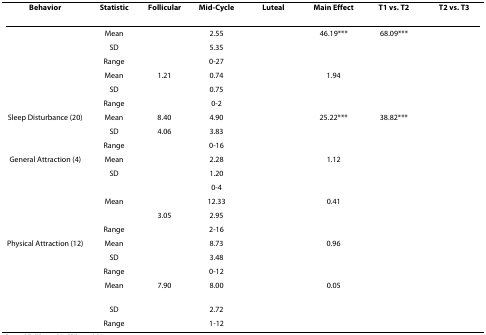
<table><thead><tr><td><b>Behavior</b></td><td><b>Statistic</b></td><td><b>Follicular</b></td><td><b>Mid-Cycle</b></td><td><b>Luteal</b></td><td><b>Main Effect</b></td><td><b>T1 vs. T2</b></td><td><b>T2 vs. T3</b></td></tr></thead><tbody><tr><td>[EMPTY_CELL]</td><td>Mean</td><td>[EMPTY_CELL]</td><td>2.55</td><td>[EMPTY_CELL]</td><td>46.19***</td><td>68.09***</td><td>[EMPTY_CELL]</td></tr><tr><td>[EMPTY_CELL]</td><td>SD</td><td>[EMPTY_CELL]</td><td>5.35</td><td>[EMPTY_CELL]</td><td>[EMPTY_CELL]</td><td>[EMPTY_CELL]</td><td>[EMPTY_CELL]</td></tr><tr><td>[EMPTY_CELL]</td><td>Range</td><td>[EMPTY_CELL]</td><td>0-27</td><td>[EMPTY_CELL]</td><td>[EMPTY_CELL]</td><td>[EMPTY_CELL]</td><td>[EMPTY_CELL]</td></tr><tr><td>[EMPTY_CELL]</td><td>Mean</td><td>1.21</td><td>0.74</td><td>[EMPTY_CELL]</td><td>1.94</td><td>[EMPTY_CELL]</td><td>[EMPTY_CELL]</td></tr><tr><td>[EMPTY_CELL]</td><td>SD</td><td>[EMPTY_CELL]</td><td>0.75</td><td>[EMPTY_CELL]</td><td>[EMPTY_CELL]</td><td>[EMPTY_CELL]</td><td>[EMPTY_CELL]</td></tr><tr><td>[EMPTY_CELL]</td><td>Range</td><td>[EMPTY_CELL]</td><td>0-2</td><td>[EMPTY_CELL]</td><td>[EMPTY_CELL]</td><td>[EMPTY_CELL]</td><td>[EMPTY_CELL]</td></tr><tr><td>Sleep Disturbance (20)</td><td>Mean</td><td>8.40</td><td>4.90</td><td>[EMPTY_CELL]</td><td>25.22***</td><td>38.82***</td><td>[EMPTY_CELL]</td></tr><tr><td>[EMPTY_CELL]</td><td>SD</td><td>4.06</td><td>3.83</td><td>[EMPTY_CELL]</td><td>[EMPTY_CELL]</td><td>[EMPTY_CELL]</td><td>[EMPTY_CELL]</td></tr><tr><td>[EMPTY_CELL]</td><td>Range</td><td>[EMPTY_CELL]</td><td>0-16</td><td>[EMPTY_CELL]</td><td>[EMPTY_CELL]</td><td>[EMPTY_CELL]</td><td>[EMPTY_CELL]</td></tr><tr><td>General Attraction (4)</td><td>Mean</td><td>[EMPTY_CELL]</td><td>2.28</td><td>[EMPTY_CELL]</td><td>1.12</td><td>[EMPTY_CELL]</td><td>[EMPTY_CELL]</td></tr><tr><td>[EMPTY_CELL]</td><td>SD</td><td>[EMPTY_CELL]</td><td>1.20</td><td>[EMPTY_CELL]</td><td>[EMPTY_CELL]</td><td>[EMPTY_CELL]</td><td>[EMPTY_CELL]</td></tr><tr><td>[EMPTY_CELL]</td><td>[EMPTY_CELL]</td><td>[EMPTY_CELL]</td><td>0-4</td><td>[EMPTY_CELL]</td><td>[EMPTY_CELL]</td><td>[EMPTY_CELL]</td><td>[EMPTY_CELL]</td></tr><tr><td>[EMPTY_CELL]</td><td>Mean</td><td>[EMPTY_CELL]</td><td>12.33</td><td>[EMPTY_CELL]</td><td>0.41</td><td>[EMPTY_CELL]</td><td>[EMPTY_CELL]</td></tr><tr><td>[EMPTY_CELL]</td><td>[EMPTY_CELL]</td><td>3.05</td><td>2.95</td><td>[EMPTY_CELL]</td><td>[EMPTY_CELL]</td><td>[EMPTY_CELL]</td><td>[EMPTY_CELL]</td></tr><tr><td>[EMPTY_CELL]</td><td>Range</td><td>[EMPTY_CELL]</td><td>2-16</td><td>[EMPTY_CELL]</td><td>[EMPTY_CELL]</td><td>[EMPTY_CELL]</td><td>[EMPTY_CELL]</td></tr><tr><td>Physical Attraction (12)</td><td>Mean</td><td>[EMPTY_CELL]</td><td>8.73</td><td>[EMPTY_CELL]</td><td>0.96</td><td>[EMPTY_CELL]</td><td>[EMPTY_CELL]</td></tr><tr><td>[EMPTY_CELL]</td><td>SD</td><td>[EMPTY_CELL]</td><td>3.48</td><td>[EMPTY_CELL]</td><td>[EMPTY_CELL]</td><td>[EMPTY_CELL]</td><td>[EMPTY_CELL]</td></tr><tr><td>[EMPTY_CELL]</td><td>Range</td><td>[EMPTY_CELL]</td><td>0-12</td><td>[EMPTY_CELL]</td><td>[EMPTY_CELL]</td><td>[EMPTY_CELL]</td><td>[EMPTY_CELL]</td></tr><tr><td>[EMPTY_CELL]</td><td>Mean</td><td>7.90</td><td>8.00</td><td>[EMPTY_CELL]</td><td>0.05</td><td>[EMPTY_CELL]</td><td>[EMPTY_CELL]</td></tr><tr><td>[EMPTY_CELL]</td><td>SD</td><td>[EMPTY_CELL]</td><td>2.72</td><td>[EMPTY_CELL]</td><td>[EMPTY_CELL]</td><td>[EMPTY_CELL]</td><td>[EMPTY_CELL]</td></tr><tr><td>[EMPTY_CELL]</td><td>Range</td><td>[EMPTY_CELL]</td><td>1-12</td><td>[EMPTY_CELL]</td><td>[EMPTY_CELL]</td><td>[EMPTY_CELL]</td><td>[EMPTY_CELL]</td></tr></tbody></table>